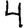
Digit: 4